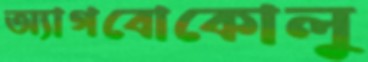
অ্যাগবোকোলু